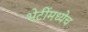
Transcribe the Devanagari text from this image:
भेटींमध्येच